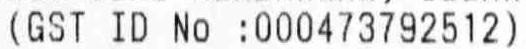
(GST ID NO :000473792512)